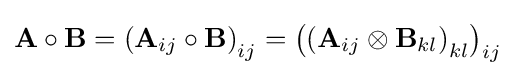
\mathbf {A} \circ \mathbf {B} =\left(\mathbf {A} _{ij}\circ \mathbf {B} \right)_{ij}=\left(\left(\mathbf {A} _{ij}\otimes \mathbf {B} _{kl}\right)_{kl}\right)_{ij}